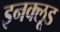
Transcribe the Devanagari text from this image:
इनक्लूड